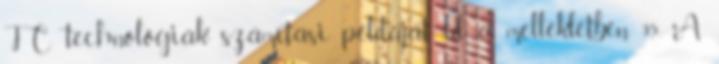
FC technológiák számítási példáját ld. a mellékletben 9.5. A